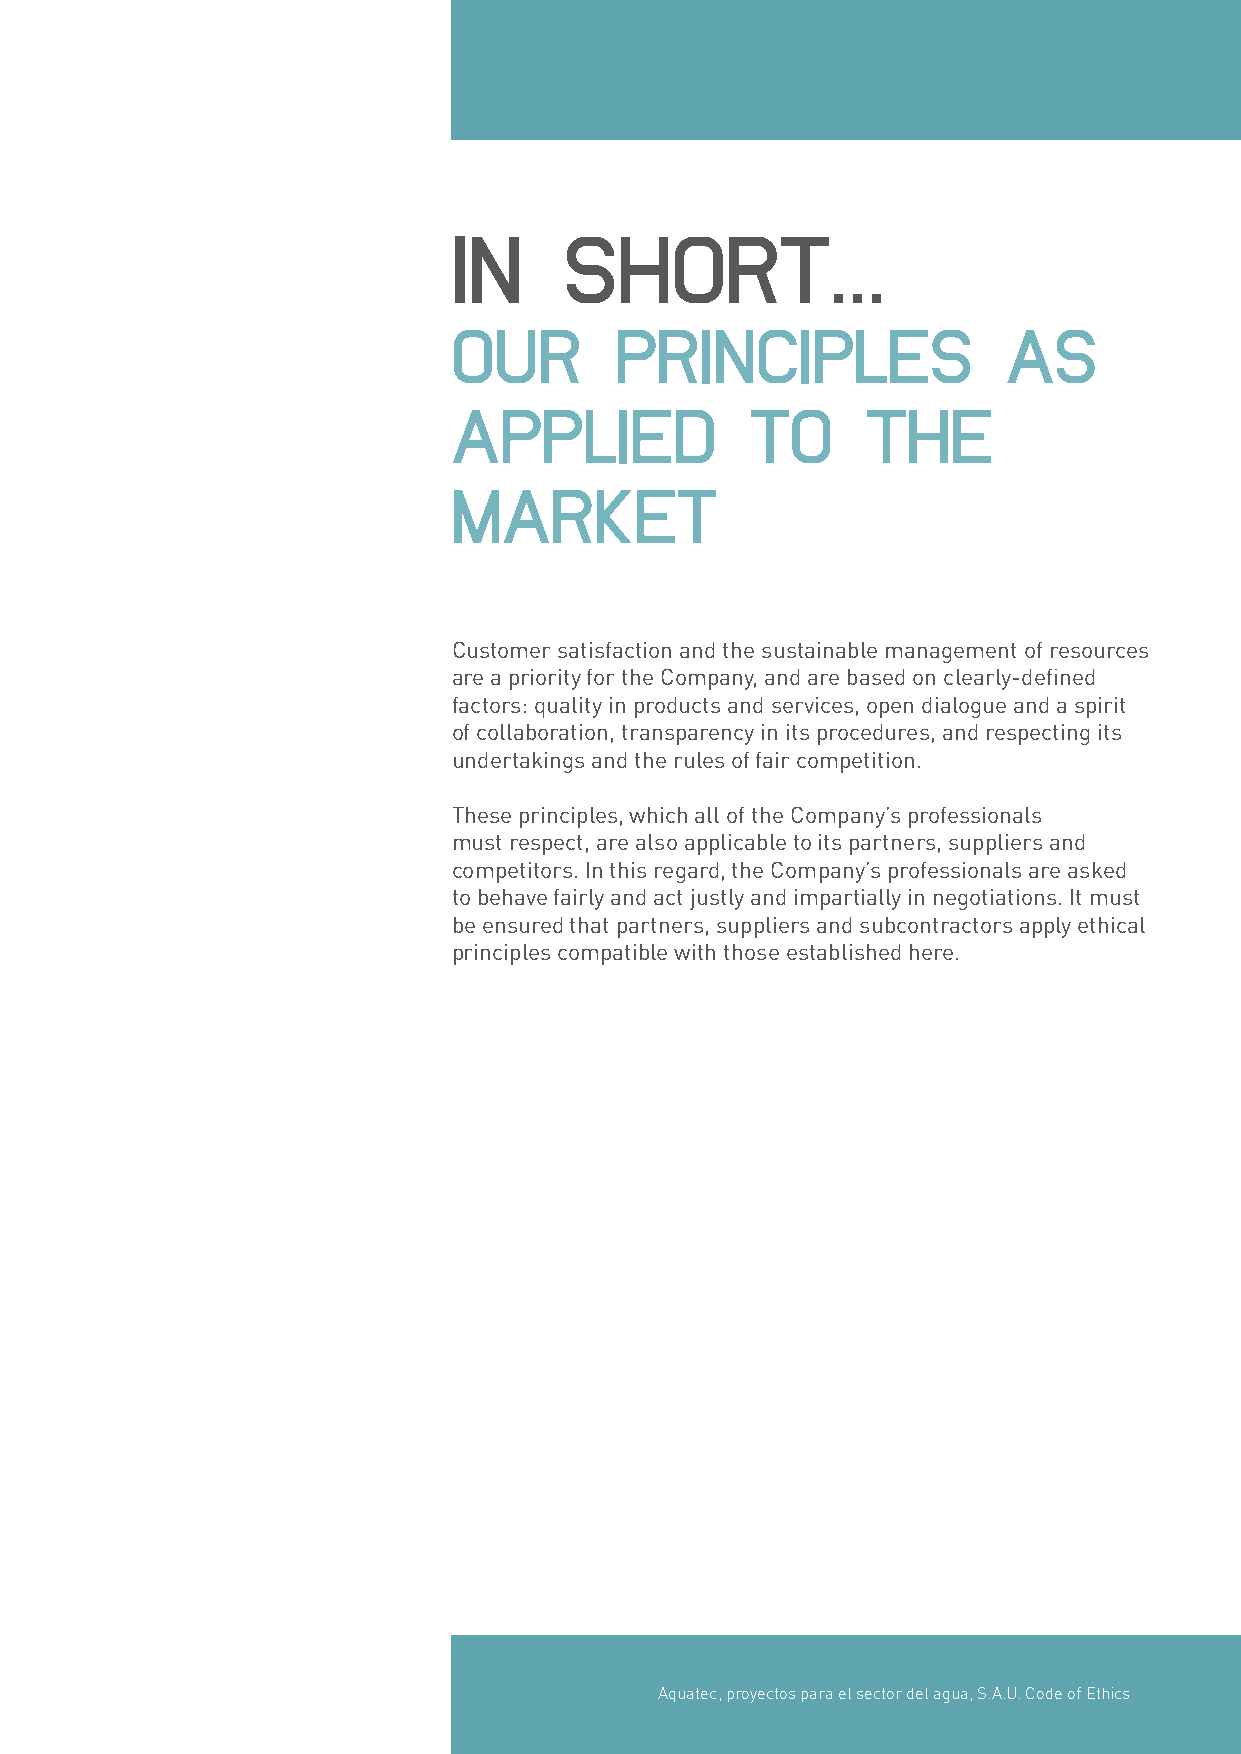
IN     SHORT…
 OUR        PRINCIPLES                AS
 APPLIED             TO     THE
 MARKET
 Customer satisfaction and the sustainable management of resources
 are a priority for the Company, and are based on clearly-defined
 factors: quality in products and services, open dialogue and a spirit
 of collaboration, transparency in its procedures, and respecting its
 undertakings and the rules of fair competition.
 These principles, which all of the Company’s professionals
 must respect, are also applicable to its partners, suppliers and
 competitors. In this regard, the Company’s professionals are asked
 to behave fairly and act justly and impartially in negotiations. It must
 be ensured that partners, suppliers and subcontractors apply ethical
 principles compatible with those established here.
 Aquatec, proyectos para el sector del agua, S.A.U. Code of Ethics